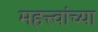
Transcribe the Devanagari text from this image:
महत्त्वांच्या